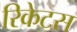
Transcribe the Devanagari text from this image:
रिकेटस